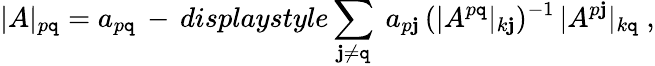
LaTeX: |A|_{p\mathtt{q}}=a_{p\mathtt{q}}\, -\, displaystyle\sum_{\mathbf{j}\not{=}\mathtt{q}}\ a_{p\mathbf{j}}\, (|A^{p\mathtt{q}}|_{k\mathbf{j}})^{-1}\, |A^{p\mathbf{j}}|_{k\mathtt{q}}\ ,